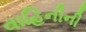
વાહિનીની